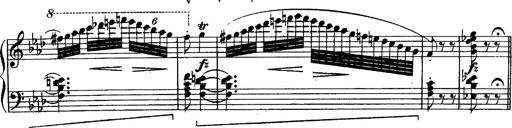
Title: Schubert's Impromptus [revised and edited by Franz Liszt]
Composer: Franz Liszt